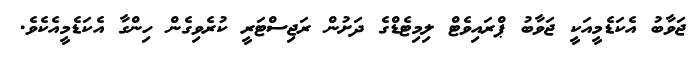
ޖަވާބު އެކަޑެމީއަކީ ޖަވާބު ޕްރައިވެޓް ލިމިޓެޑްގެ ދަށުން ރަޖިސްޓަރީ ކުރެވިގެން ހިންގާ އެކަޑެމީއެކެވެ.